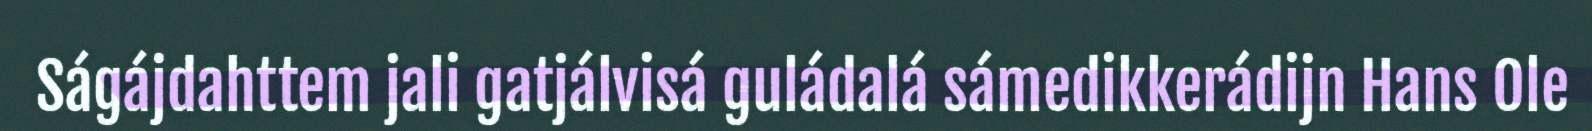
Ságájdahttem jali gatjálvisá guládalá sámedikkerádijn Hans Ole